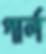
পার্ল